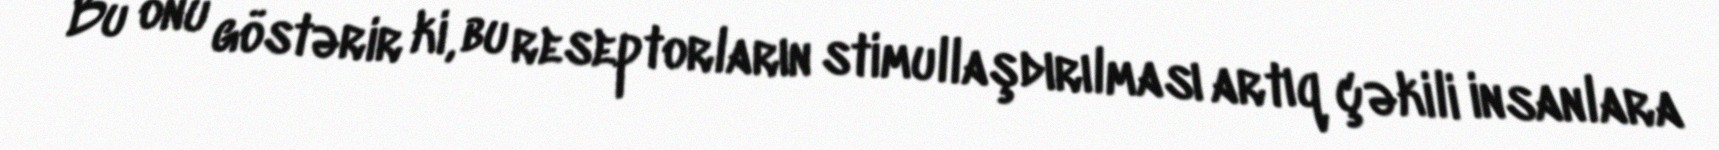
Bu onu göstərir ki, bu reseptorların stimullaşdırılması artıq çəkili insanlara